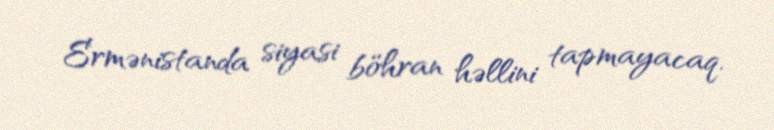
Ermənistanda siyasi böhran həllini tapmayacaq.